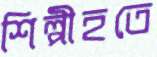
শিল্পীহতে